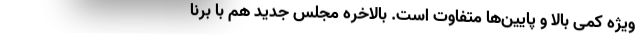
ویژه کمی بالا و پایین‌ها متفاوت است. بالاخره مجلس جدید هم با برنا